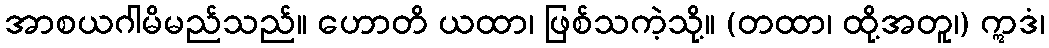
အာစယဂါမိမည်သည်။ ဟောတိ ယထာ၊ ဖြစ်သကဲ့သို့။ (တထာ၊ ထို့အတူ၊) ဣဒံ၊